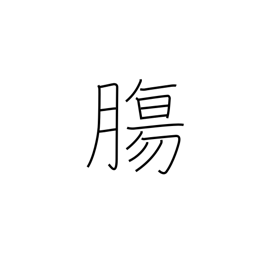
Meaning: guts